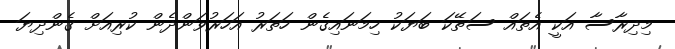
މިދިރާސާ އަކީ އެތައް ސަތޭކަ ބަޔަކު ހިމަނައިގެން ހަތަރު އަހަރުވަންދެން ކުރިއަށް ގެންދިޔަ